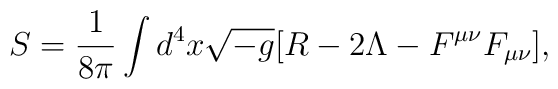
S=\frac{1}{8\pi} \int d^4x \sqrt{-g}    {\bigl [} R - 2 \Lambda - F^{\mu \nu}F_{\mu \nu}  {\bigr ]},